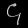
Digit: ၄